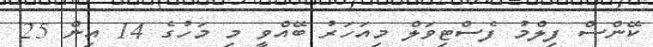
ކޭންސް ފިލްމު ފެސްޓިވަލް މިއަހަރު ބޭއްވީ މި މަހުގެ 14 އިން 25